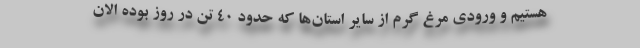
هستیم و ورودی مرغ گرم از سایر استان‌ها که حدود ۴۰ تن در روز بوده الان